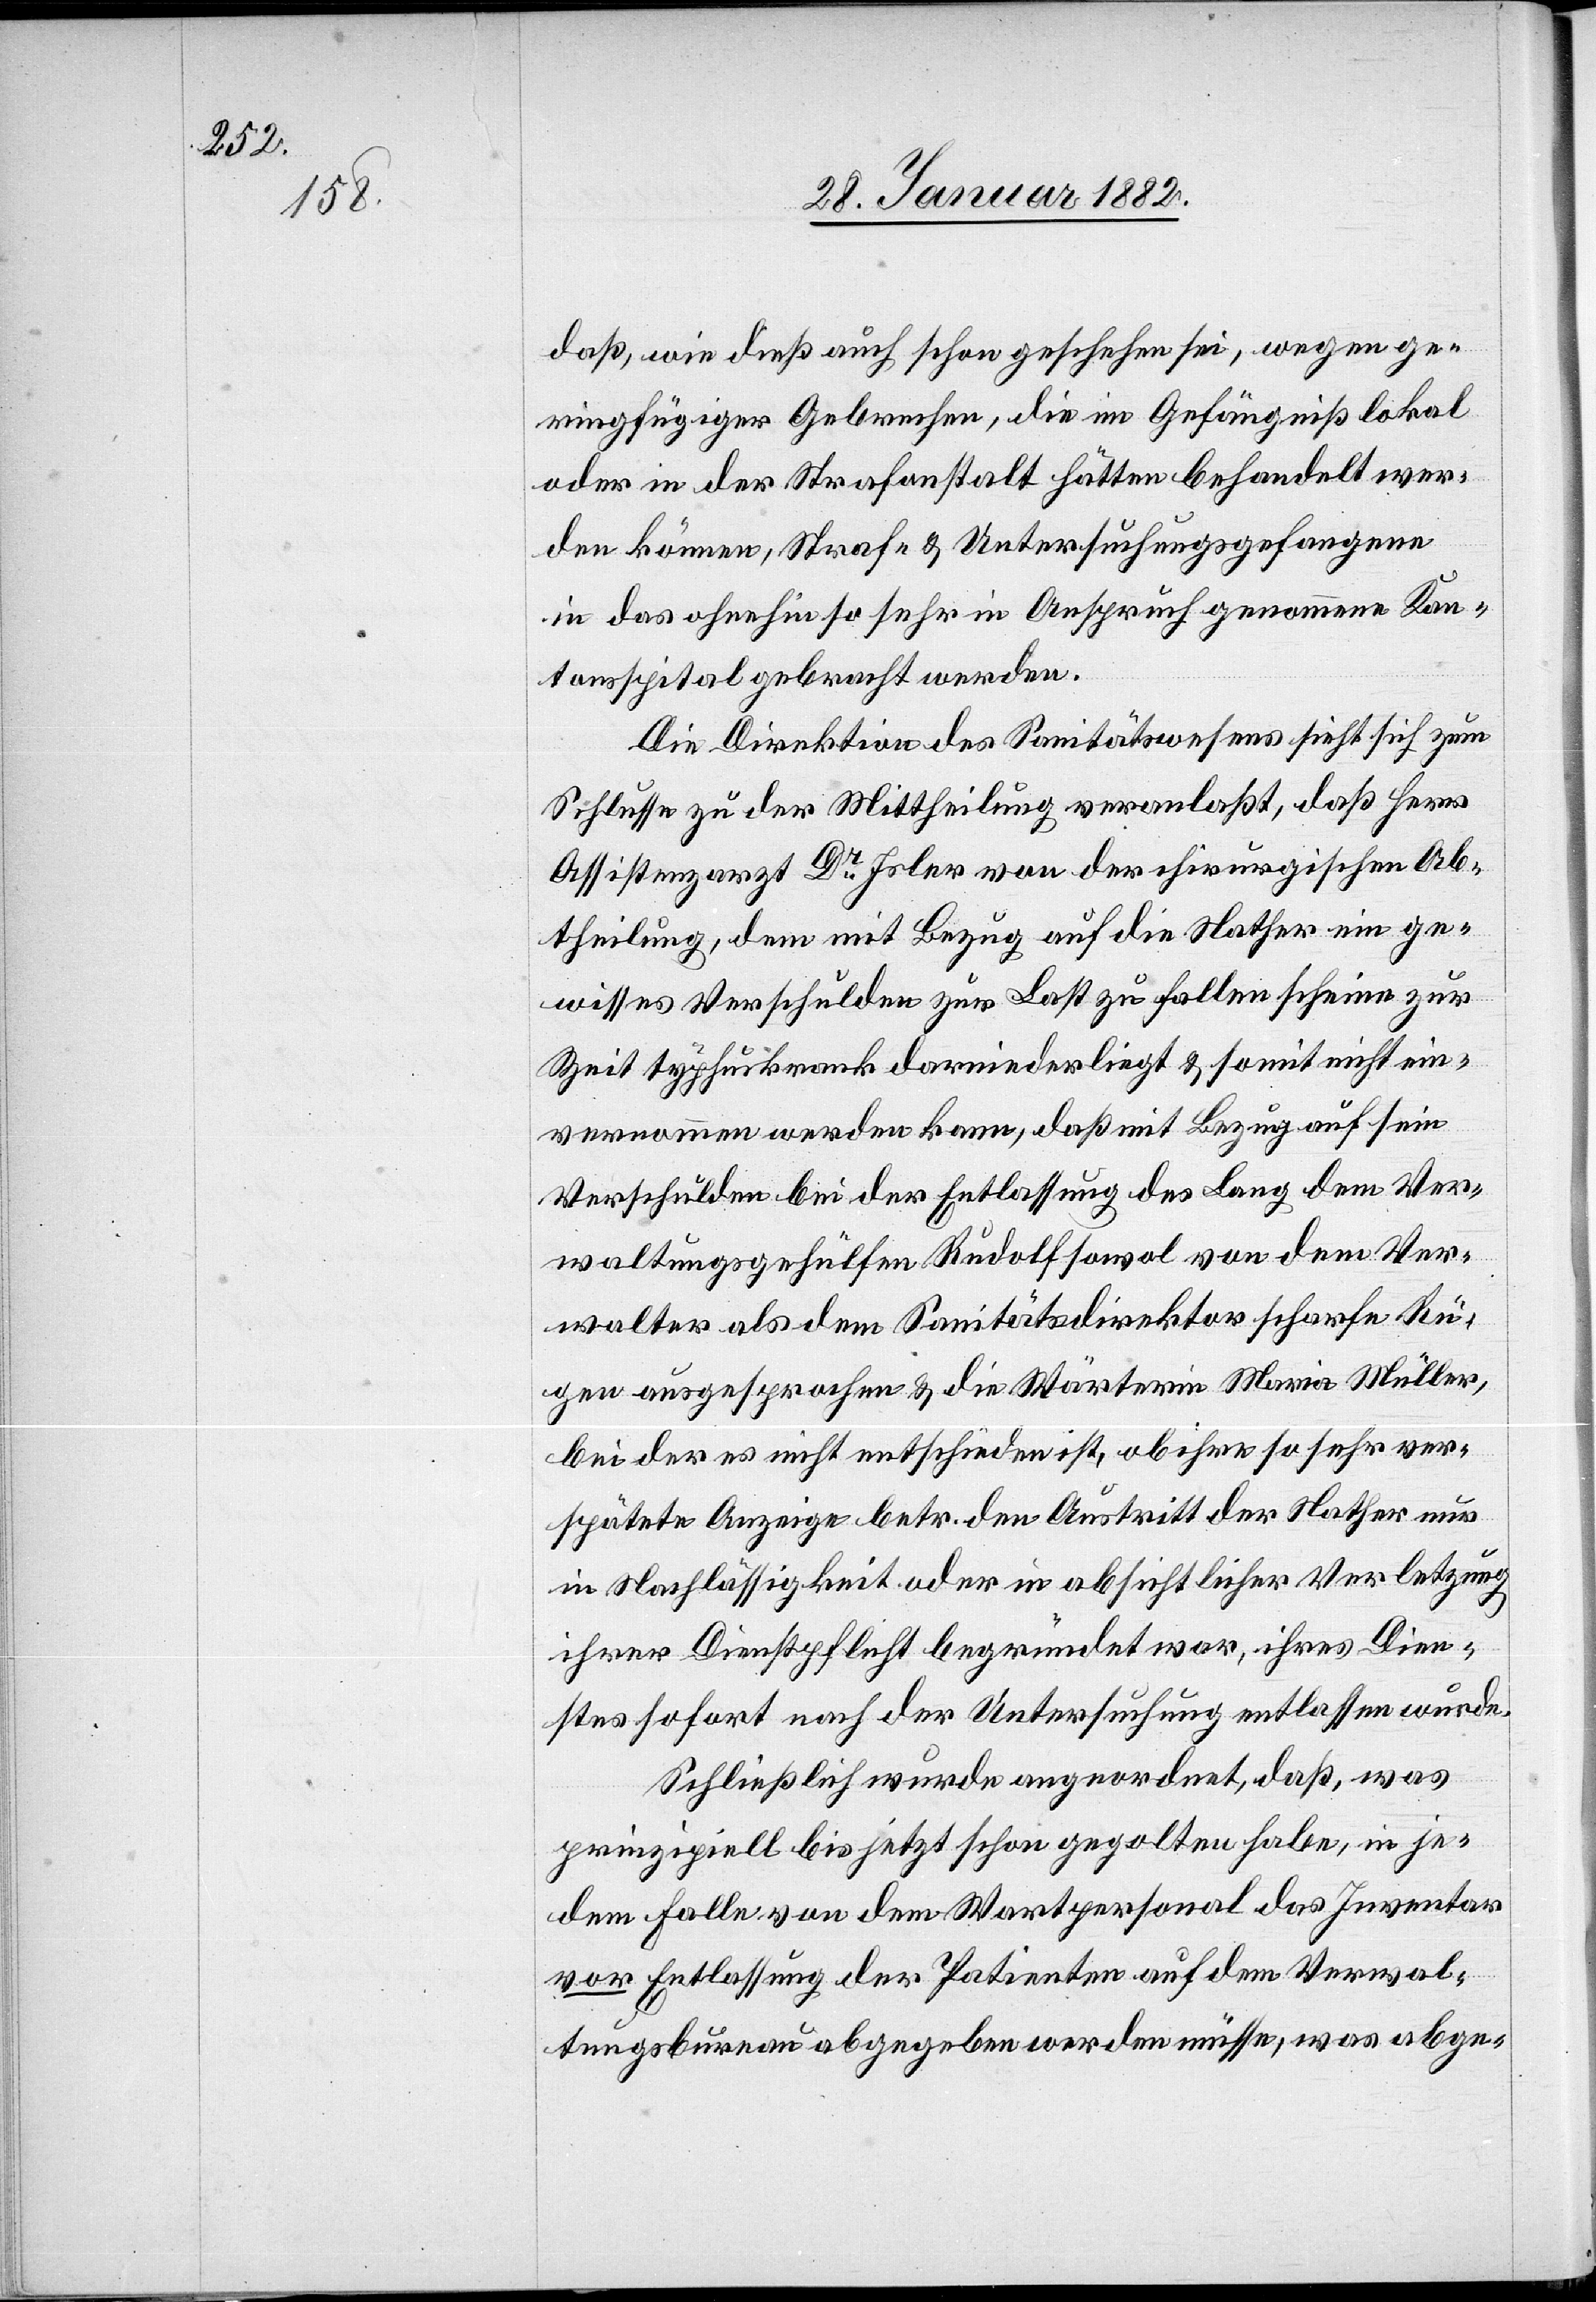
daß, wie dieß auch schon geschehen sei, wegen ge¬
ringfügiger Gebrechen, die im Gefängniß lokal
oder in der Strafanstalt hätten behandelt wer¬
den können, Straf- & Untersuchungsgefangene
in das ohnehin so sehr in Anspruch genommene Kan¬
tonsspital gebracht werden.
Die Direktion des Sanitätswesens sieht sich zum
Schlusse zu der Mittheilung veranlaßt, daß Herr
Assistenzarzt Dr Isler von der chirurgischen Ab¬
theilung, dem mit Bezug auf die Nather ein ge¬
wisses Verschulden zur Last zu fallen scheine zur
Zeit typhuskrank darnieder liegt & somit nicht ein¬
vernommen werden kann, daß mit Bezug auf sein
Verschulden bei der Entlassung des Lang dem Ver¬
waltungsgehülfen Rudolf sowol von dem Ver¬
walter als dem Sanitätsdirektor scharfe Rü¬
ge ausgesprochen & die Wärterin Maria Müller,
bei der es nicht entschieden ist, ob ihre sehr ver¬
spätete Anzeige betr. den Austritt der Nather nur
in Nachlässigkeit oder in absichtlicher Verletzung
ihrer Dienstpflicht begründet war, ihres Dien¬
stes sofort nach der Untersuchung entlassen wurde.
Schließlich wurde angeordnet, daß, was
prinzipiell bis jetzt schon gegolten habe, in je¬
dem Falle von dem Wartpersonal das Inventar
vor Entlassung der Patienten auf dem Verwal¬
tungsbureau abgegeben werden müsse, was abge-